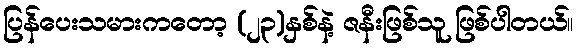
ပြန်ပေးသမားကတော့ (၂၃)နှစ်နဲ့ ဇနီးဖြစ်သူ ဖြစ်ပါတယ်။